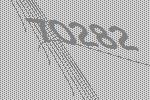
70282